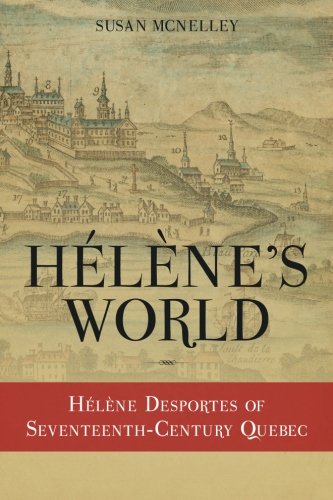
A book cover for HÃ©lÃ¨ne's World:  HÃ©lÃ¨ne Desportes of Seventeenth-Century Quebec; Susan McNelley; Biographies & Memoirs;